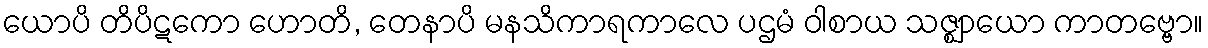
ယောပိ တိပိဋကော ဟောတိ, တေနာပိ မနသိကာရကာလေ ပဌမံ ဝါစာယ သဇ္ဈာယော ကာတဗ္ဗော။